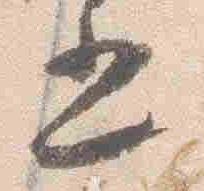
五